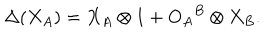
\Delta ( X _ { A } ) = X _ { A } \otimes 1 + { O _ { A } } ^ { B } \otimes X _ { B } .